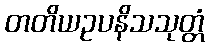
တတိယဥပနိသသုတ္တံ